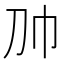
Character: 𰏑